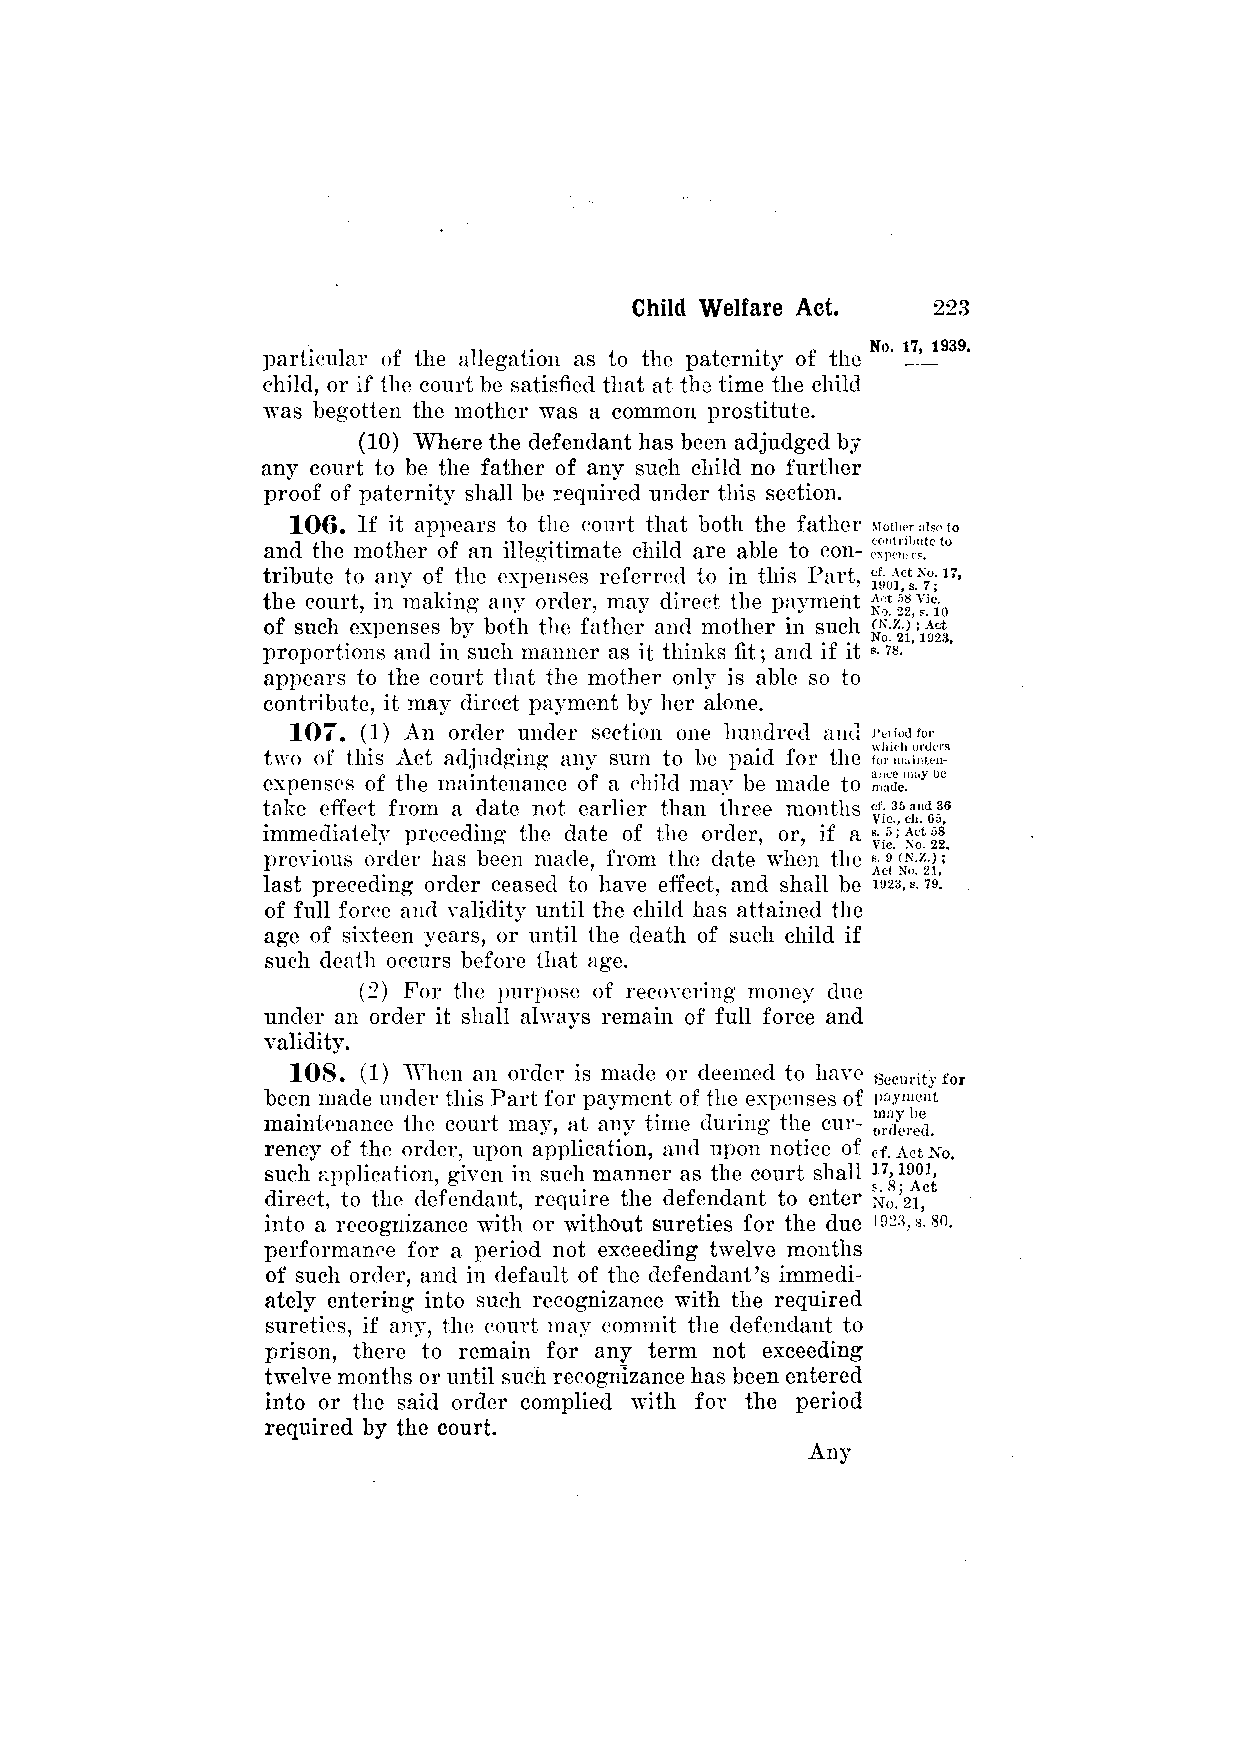
particular of the allegation as to the paternity of the
 child, or if the court be satisfied that at the time the child
 was begotten the mother was a common prostitute.
 (10) Where the defendant has been adjudged by
 any court to be the father of any such child no further
 proof of paternity shall be required under this section.
 106. If it appears to the court that both the father
 and the mother of an illegitimate child are able to con­
 tribute to any of the expenses referred to in this Part,
 the court, in making any order, may direct the payment
 of such expenses by both the father and mother in such
 proportions and in such manner as it thinks fit; and if it
 appears to the court that the mother only is able so to
 contribute, it may direct payment by her alone.
 107. (1) An order under section one hundred and
 two of this Act adjudging any sum to be paid for the
 expenses of the maintenance of a child may be made to
 take effect from a date not earlier than three months
 immediately preceding the date of the order, or, if a
 previous order has been made, from the date when the
 last preceding order ceased to have effect, and shall be
 of full force and validity until the child has attained the
 age of sixteen years, or until the death of such child if
 such death occurs before that age.
 (2) For the purpose of recovering money due
 under an order it shall always remain of full force and
 validity.
 108. (1) When an order is made or deemed to have
 been made under this Part for payment of the expenses of
 maintenance the court may, at any time during the cur­
 rency of the order, upon application, and upon notice of
 such application, given in such manner as the court shall
 direct, to the defendant, require the defendant to enter
 into a recognizance with or without sureties for the due
 performance for a period not exceeding twelve months
 of such order, and in default of the defendant's immedi­
 ately entering into such recognizance with the required
 sureties, if any, the court may commit the defendant to
 prison, there to remain for any term not exceeding
 twelve months or until such recognizance has been entered
 into or the said order complied with for the period
 required by the court.
 Any